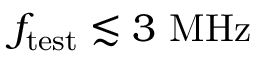
f _ { \mathrm { t e s t } } \lesssim 3 ~ \mathrm { M H z }